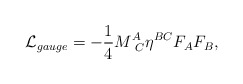
\begin{align*}{\cal L}_{gauge} = -{1\over 4} M^A_{\ C} \eta^{BC} F_A F_B,\end{align*}